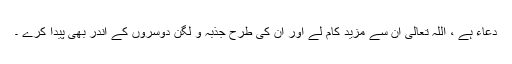
دعاء ہے ، اللہ تعالی ان سے مزید کام لے اور ان کی طرح جذبہ و لگن دوسروں کے اندر بھی پیدا کرے ۔